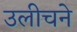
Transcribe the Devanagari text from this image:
उलीचने